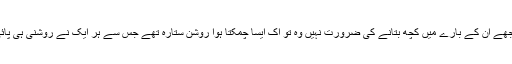
مجھے ان کے بارے میں کچھ بتانے کی ضرورت نہیں وہ تو اک ایسا چمکتا ہوا روشن ستارہ تھے جس سے ہر ایک نے روشنی ہی پائی۔